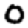
Digit: 0